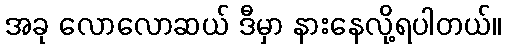
အခု လောလောဆယ် ဒီမှာ နားနေလို့ရပါတယ်။